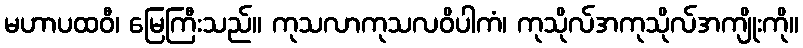
မဟာပထဝီ၊ မြေကြီးသည်။ ကုသလာကုသလဝိပါကံ၊ ကုသိုလ်အကုသိုလ်အကျိုးကို။